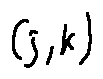
( j , k )